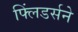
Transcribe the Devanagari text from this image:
फ्लिंडर्सने